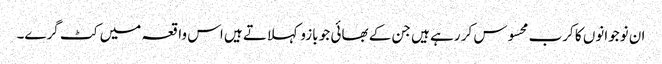
ان نوجوانوں کا کرب محسوس کر رہے ہیں جن کے بھائی جو بازو کہلاتے ہیں اس واقعہ میں کٹ گرے۔